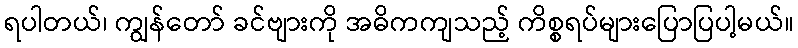
ရပါတယ်၊ ကျွန်တော် ခင်ဗျားကို အဓိကကျသည့် ကိစ္စရပ်များပြောပြပါ့မယ်။